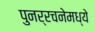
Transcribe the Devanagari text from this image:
पुनर्रचनेमध्ये